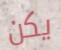
يكن